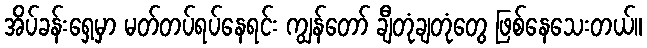
အိပ်ခန်းရှေ့မှာ မတ်တပ်ရပ်နေရင်း ကျွန်တော် ချီတုံချတုံတွေ ဖြစ်နေသေးတယ်။